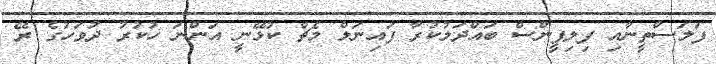
ފަލަސްތީނާއި ފިލިޕީންސް ބައްދަލުކުރާ ފައިނަލް މެޗް ކުޅޭނީ އަންނަ ހުކުރު ދުވަހުގެ ރޭ